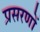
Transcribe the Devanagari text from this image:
प्रसरणों